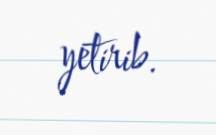
yetirib.